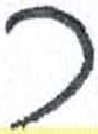
אות: ר